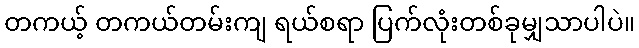
တကယ့် တကယ်တမ်းကျ ရယ်စရာ ပြက်လုံးတစ်ခုမျှသာပါပဲ။